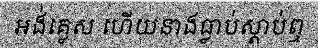
អង់គ្លេស ហើយនាងធ្លាប់ស្តាប់ឮ